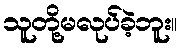
သူတို့မလုပ်ခဲ့ဘူး။